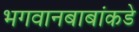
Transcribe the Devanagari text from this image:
भगवानबाबांकडे